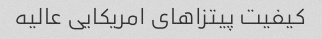
کیفیت پیتزاهای امریکایی عالیه